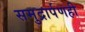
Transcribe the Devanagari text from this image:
समुद्रार्पणही